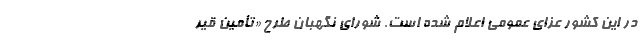
در این کشور عزای عمومی اعلام شده است. شورای نگهبان طرح «تأمین قیر